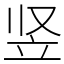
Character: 竖